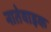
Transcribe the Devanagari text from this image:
नातेवाइक